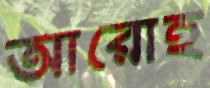
আরোহ